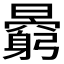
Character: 𣋶